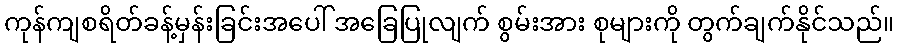
ကုန်ကျစရိတ်ခန့်မှန်းခြင်းအပေါ် အခြေပြုလျက် စွမ်းအား စုများကို တွက်ချက်နိုင်သည်။